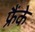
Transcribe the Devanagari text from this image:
फ्रैंके